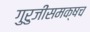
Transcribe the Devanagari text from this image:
गुरुजींसमक्षच